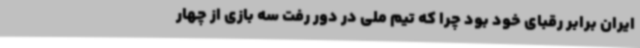
ایران برابر رقبای خود بود چرا که تیم ملی در دور رفت سه بازی از چهار